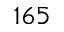
1 6 5